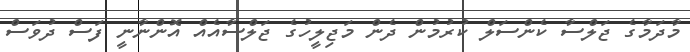
މާދަމާގެ ޖަލްސާ ކެންސަލް ކުރުމުން ދެން މަޖިލީހުގެ ޖަލްސާއެއް އޮންނާނީ ފަސް ދުވަސް